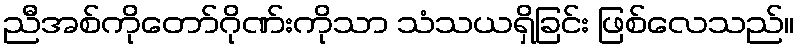
ညီအစ်ကိုတော်ဂိုဏ်းကိုသာ သံသယရှိခြင်း ဖြစ်လေသည်။